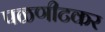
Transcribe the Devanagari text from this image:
पळणीटकर